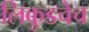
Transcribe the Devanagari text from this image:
लिकुडचेच